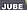
JUBE